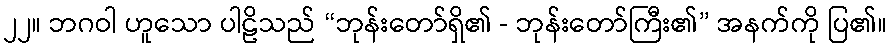
၂၂။ ဘဂဝါ ဟူသော ပါဠိသည် “ဘုန်းတော်ရှိ၏ - ဘုန်းတော်ကြီး၏” အနက်ကို ပြ၏။